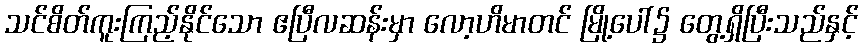
သင်စိတ်ကူးကြည့်နိုင်သော ဧပြီလဆန်းမှာ လော့ဟိမာတင် မြို့ပေါ်၌ တွေ့ရှိပြီးသည်နှင့်